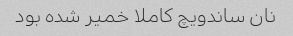
نان ساندویچ کاملا خمیر شده بود